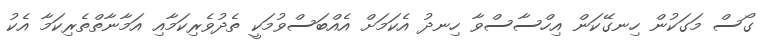
ގޯސް މަގަކުން ހިނގޭކަން އިހްސާސްވާ ހިނދު އެކަމަށް އެއްބަސްވުމަކީ ތެދުވެރިކަމާއި އަމާނާތްތެރިކަމާ އެކު